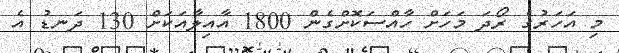
މި އަހަރުގެ ރޯދަ މަހަށް ހާއްސަކޮށްގެން 1800 އާއިލާއަކަށް 130 ދަނޑު އެ